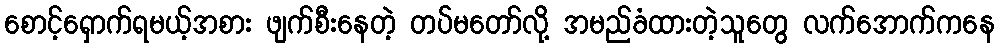
စောင့်ရှောက်ရမယ့်အစား ဖျက်စီးနေတဲ့ တပ်မတော်လို့ အမည်ခံထားတဲ့သူတွေ လက်အောက်ကနေ